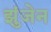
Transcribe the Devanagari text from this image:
झुंजेन